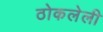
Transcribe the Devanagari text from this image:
ठोकलेली